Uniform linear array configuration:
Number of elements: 8
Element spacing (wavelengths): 0.25
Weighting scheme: hann
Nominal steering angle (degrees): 30
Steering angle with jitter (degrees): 28.284
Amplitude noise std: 0.05
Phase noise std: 0.05

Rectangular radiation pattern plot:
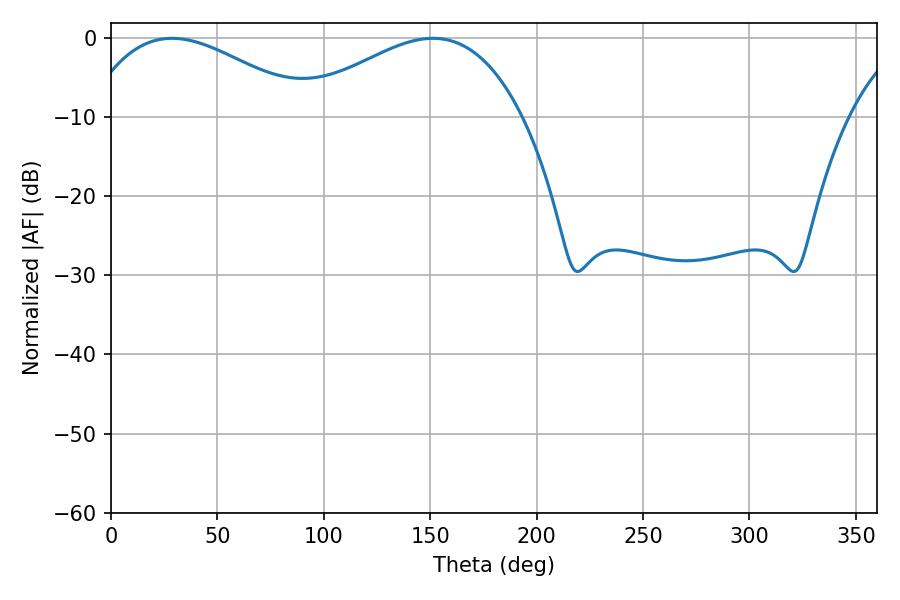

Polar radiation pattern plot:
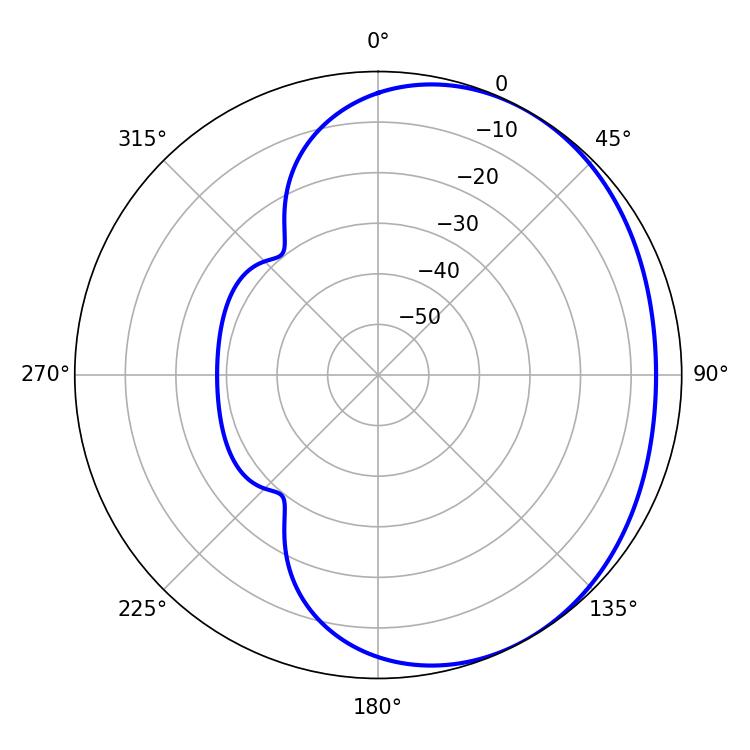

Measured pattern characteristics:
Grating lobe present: FALSE
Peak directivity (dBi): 2.34
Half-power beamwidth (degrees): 58.14
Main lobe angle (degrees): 28.62